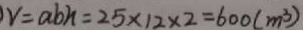
v = a b h = 2 5 \times 1 2 \times 2 = 6 0 0 ( m ^ { 3 } )